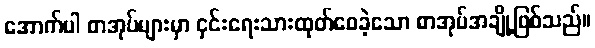
အောက်ပါ စာအုပ်များမှာ ငှင်းရေးသားထုတ်ဝေခဲ့သော စာအုပ်အချို့ဖြစ်သည်။